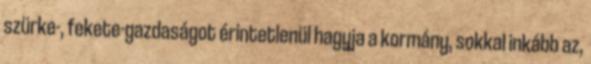
szürke-, fekete-gazdaságot érintetlenül hagyja a kormány, sokkal inkább az,